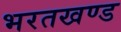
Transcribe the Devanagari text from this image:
भरतखण्ड